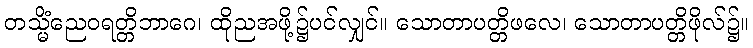
တသ္မိံညေဝရတ္တိဘာဂေ၊ ထိုညအဖို့၌ပင်လျှင်။ သောတာပတ္တိဖလေ၊ သောတာပတ္တိဖိုလ်၌။